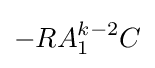
-RA_{1}^{k-2}C